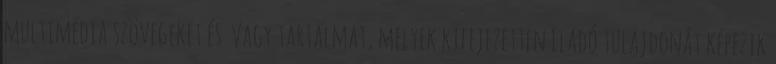
multimédia szövegeket és vagy tartalmat, melyek kifejezetten Eladó tulajdonát képezik